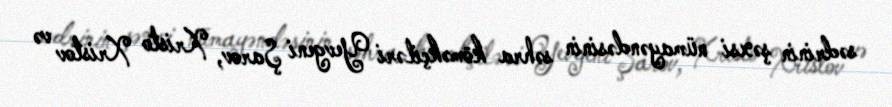
sədrinin şəxsi nümayəndəsinin səhra köməkçiləri Yevgeni Şarov, Xristo Xristov və